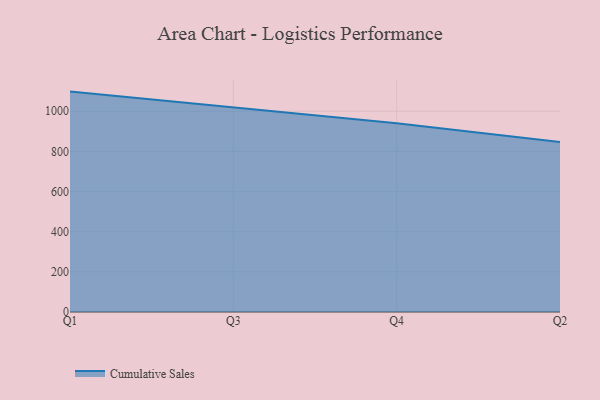
{"axis": {"x": "Quarter", "y": "Headcount"}, "legend": ["Cumulative Sales"], "data": [{"x": "Q1", "y": 1098.0, "type": "Cumulative Sales"}, {"x": "Q3", "y": 1018.5, "type": "Cumulative Sales"}, {"x": "Q4", "y": 940.3, "type": "Cumulative Sales"}, {"x": "Q2", "y": 846.5, "type": "Cumulative Sales"}]}